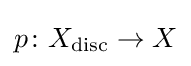
p\colon X_{\text{disc}}\to X